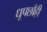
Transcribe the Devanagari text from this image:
धूपछाँही